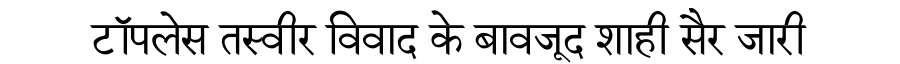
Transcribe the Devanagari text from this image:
टॉपलेस तस्वीर विवाद के बावजूद शाही सैर जारी